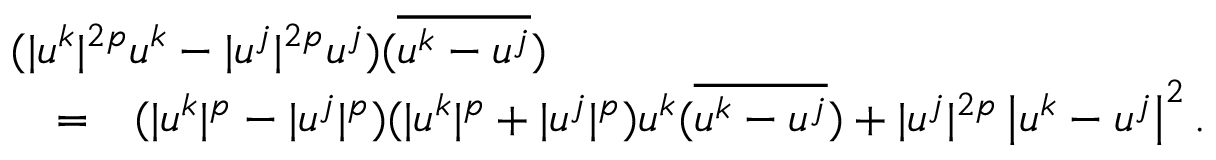
\begin{array} { r l r } { \lefteqn { ( | u ^ { k } | ^ { 2 p } u ^ { k } - | u ^ { j } | ^ { 2 p } u ^ { j } ) ( \overline { { u ^ { k } - u ^ { j } } } ) } } \\ & { = } & { ( | u ^ { k } | ^ { p } - | u ^ { j } | ^ { p } ) ( | u ^ { k } | ^ { p } + | u ^ { j } | ^ { p } ) u ^ { k } ( \overline { { u ^ { k } - u ^ { j } } } ) + | u ^ { j } | ^ { 2 p } \left| u ^ { k } - u ^ { j } \right| ^ { 2 } . } \end{array}